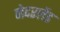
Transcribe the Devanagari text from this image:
नेदरलेंड